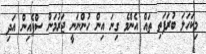
މިކަހަލަ ބުރަފަތި ތައް އެންމެ ގިނަ އިން ހުންނަނީ ޖަރުމަން ސްޕެއިން އަދި